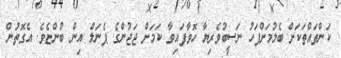
ކަންތައްތަކަށް ބެލުމަށްފަހު ނަސީބުވެރިޔާ ހޮވާފައިވާ ކަމަށް ޖަޖުންގެ ޕެނަލް އިން ބުންޏެވެ. އެގޮތުން